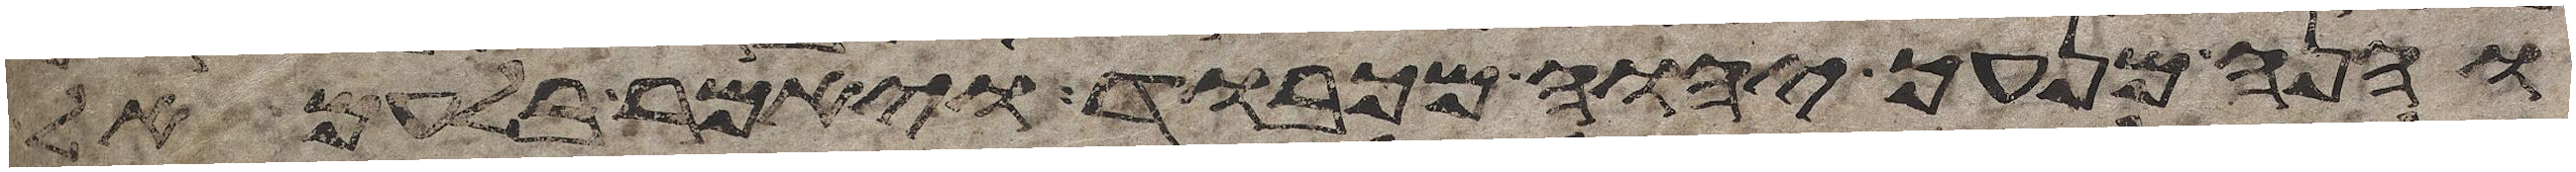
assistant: והנה מנעך יהוה מכבוד ויאמר בלעם אל